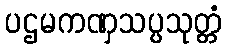
ပဌမကဏှသပ္ပသုတ္တံ